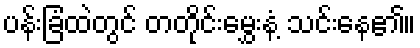
ပန်းခြံထဲတွင် တတိုင်းမွှေးနံ့ သင်းနေ၏။